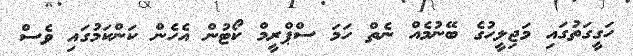
ހަގީގަތުގައި މަޖިލީހުގެ ބޭނުމެއް ނެތް ހަމަ ސްޕްރީމް ކޯޓުން އެހެން ކަންކަމުގައި ވެސް